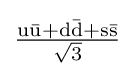
\mathrm {\tfrac {u{\bar {u}}+d{\bar {d}}+s{\bar {s}}}{\sqrt {3}}}